Cholera in southern India
Disease focus: Cholera
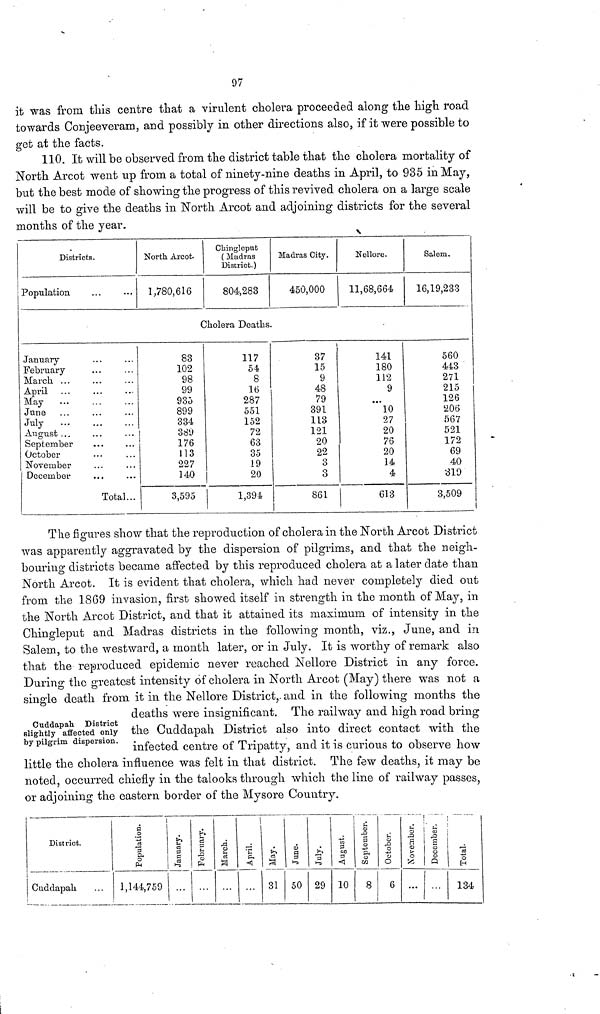
97
it was from this centre that a virulent cholera proceeded along the high road
towards Conjeeveram, and possibly in other directions also, if it were possible to
get at the facts.
110. It will be observed from the district table that the cholera mortality of
North Arcot went up from a total of ninety-nine deaths in April, to 935 in May,
but the best mode of showing the progress of this revived cholera on a large scale
will be to give the deaths in North Arcot and adjoining districts for the several
months of the year.
Districts.
Population
January
February
March ...
April
May
...
June
July
August ...
September
October
November
December
Total...
North Arcot.
1,780,616
Chingleput
( Madras
District.)
804,283
Cholera Deaths
83
102
98
99
935
899
334
389
176
113
227
140
3,595
117
54
8
16
287
551
152
72
63
35
19
20
1,394
Madras City.
450,000
37
15
9
48
79
391
113
121
20
22
3
3
861
Nellore.
11,68,664
141
180
112
9
• •
10
27
20
76
20
14
4
613
Salem.
16,19,233
560
443
271
215
126
206
567
521
172
69
40
319
3,509
The figures show that the reproduction of cholera in the North Arcot District
was apparently aggravated by the dispersion of pilgrims, and that the neigh-
bouring districts became affected by this reproduced cholera at a later date than
North Arcot. It is evident that cholera, which had never completely died out
from the 18G9 invasion, first showed itself in strength in the month of May, in
the North Arcot District, and that it attained its maximum of intensity in the
Chingleput and Madras districts in the following month, viz., June, and in
Salem, to the westward, a month later, or in July. It is worthy of remark also
that the reproduced epidemic never reached Nellore District in any force.
During the greatest intensity of cholera in North Arcot (May) there was not a
single death from it in the Nellore District,. and in the following months the
Cuddapah District
slightly affected only
by pilgrim dispersion.
deaths were insignificant. The railway and high road bring
the Cuddapah District also into direct contact with the
infected centre of Tripatty, and it is curious to observe how
little the cholera influence was felt in that district. The few deaths, it may be
noted, occurred chiefly in the talooks through which the line of railway passes,
or adjoining the eastern border of the Mysore Country.
District.
Cuddapah
Population.
1,144,759
January.
February.
March
April.
May.
31
June.
50
July.
29
August.
10
September.
8
October.
6
November.
...
December.
Total.
134